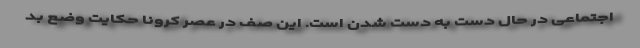
اجتماعی در حال دست به دست شدن است. این صف در عصر کرونا حکایت وضع بد